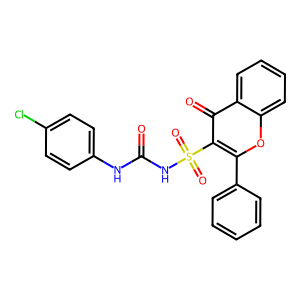
SMILES: O=C(Nc1ccc(Cl)cc1)NS(=O)(=O)c1c(-c2ccccc2)oc2ccccc2c1=O
Inhibits HIV replication: No